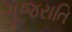
ગૂજરાતિ